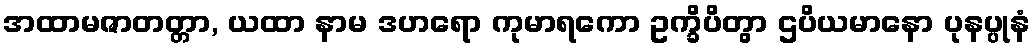
အထာမဇာတတ္တာ, ယထာ နာမ ဒဟရော ကုမာရကော ဥက္ခိပိတွာ ဌပိယမာနော ပုနပ္ပုနံ